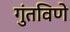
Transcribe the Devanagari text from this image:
गुंतविणे